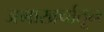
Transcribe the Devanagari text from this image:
जमाखर्चातून